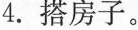
搭房子。